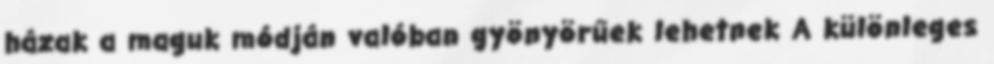
házak a maguk módján valóban gyönyörűek lehetnek A különleges